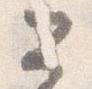
公